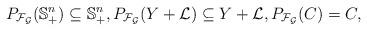
LaTeX: \begin{align*} P_{\mathcal{F}_{\mathcal{G}}}(\mathbb{S}^n_{+}) \subseteq \mathbb{S}^n_{+}, P_{\mathcal{F}_{\mathcal{G}}}(Y + \mathcal{L}) \subseteq Y+\mathcal{L}, P_{\mathcal{F}_{\mathcal{G}}}(C)=C,\end{align*}